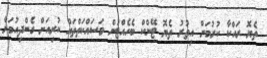
ތެޔޮ ރައްކާ ކުރުމަށް އިތުރު ތެޔޮ ޓޭންކް ބެހެއްޓުން މަސައްކަތްތައް ކުރިއަށް ގެންދިއުމަށް